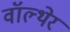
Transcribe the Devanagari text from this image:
वॉल्थेर